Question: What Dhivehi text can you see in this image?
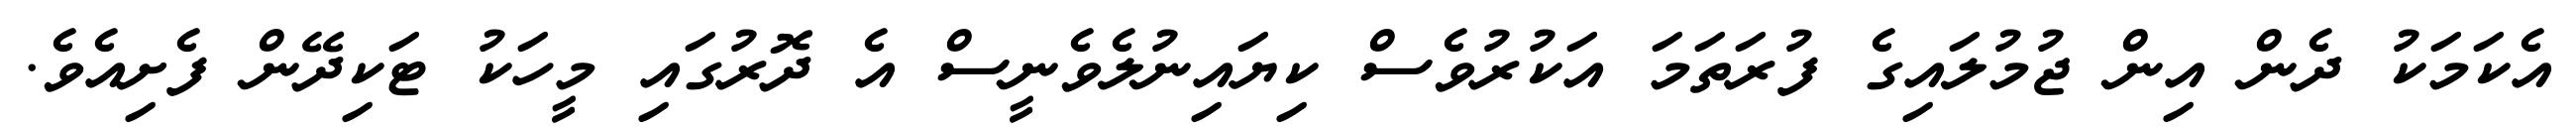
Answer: އެކަމަކު ދެން އިން ޖުމުލައިގެ ފުރަތަމަ އަކުރުވެސް ކިޔައިނުލެވެނީސް އެ ދޮރުގައި މީހަކު ޓަކިދޭން ފެށިއެވެ.